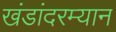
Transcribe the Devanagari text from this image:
खंडांदरम्यान